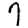
Digit: 7